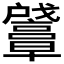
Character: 𪭛